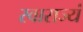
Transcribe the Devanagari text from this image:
स्वाराज्यं